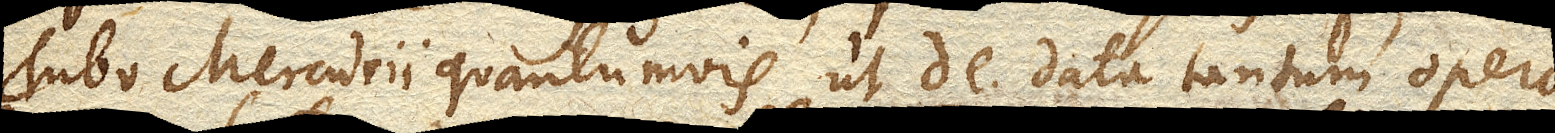
Tubo Mercurii quantumvis ut de. data tantum opera,